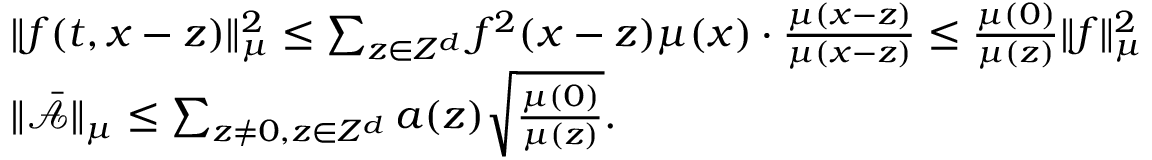
\begin{array} { r l } & { \| f ( t , x - z ) \| _ { \mu } ^ { 2 } \leq \sum _ { z \in Z ^ { d } } f ^ { 2 } ( x - z ) \mu ( x ) \cdot \frac { \mu ( x - z ) } { \mu ( x - z ) } \leq \frac { \mu ( 0 ) } { \mu ( z ) } \| f \| _ { \mu } ^ { 2 } } \\ & { \| \bar { \mathcal { A } } \| _ { \mu } \leq \sum _ { z \neq 0 , z \in Z ^ { d } } a ( z ) \sqrt { \frac { \mu ( 0 ) } { \mu ( z ) } } . } \end{array}